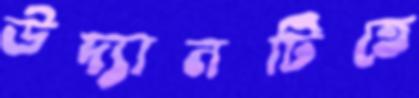
উদ্যানটিতে